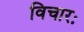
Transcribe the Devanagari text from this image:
विचारः